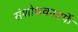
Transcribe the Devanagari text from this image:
संशोधकातर्फे